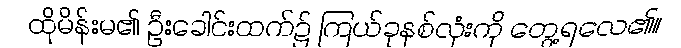
ထိုမိန်းမ၏ ဦးခေါင်းထက်၌ ကြယ်ခုနစ်လုံးကို တွေ့ရလေ၏။